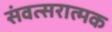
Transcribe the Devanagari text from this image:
संवत्सरात्मक